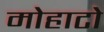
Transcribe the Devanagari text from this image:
मोहाटो